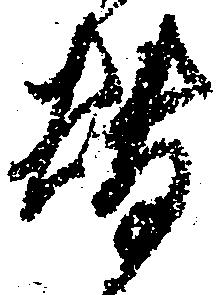
替